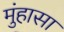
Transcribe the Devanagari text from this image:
मुंहासा